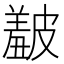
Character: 𥀞